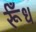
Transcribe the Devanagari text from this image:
र्रूँध